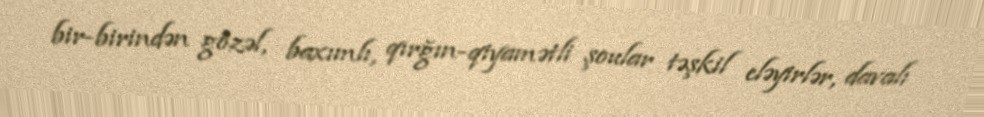
bir-birindən gözəl, baxımlı, qırğın-qiyamətli şoular təşkil eləyirlər, davalı